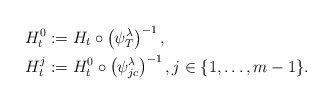
\begin{align*}H^0_t&:= H_t\circ \left( \psi^\lambda_T\right)^{-1},\\H^j_t&:= H^0_t \circ \left( \psi^\lambda_{jc}\right)^{-1},j\in\{1,\ldots, m-1\}.\end{align*}